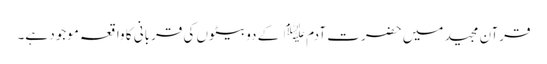
قرآن مجید میں حضرت آدم﷤ کے دو بیٹوں کی قربانی کا واقعہ موجود ہے۔